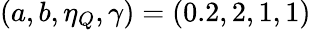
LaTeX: (a,b,\eta_{Q},\gamma)=(0.2,2,1,1)